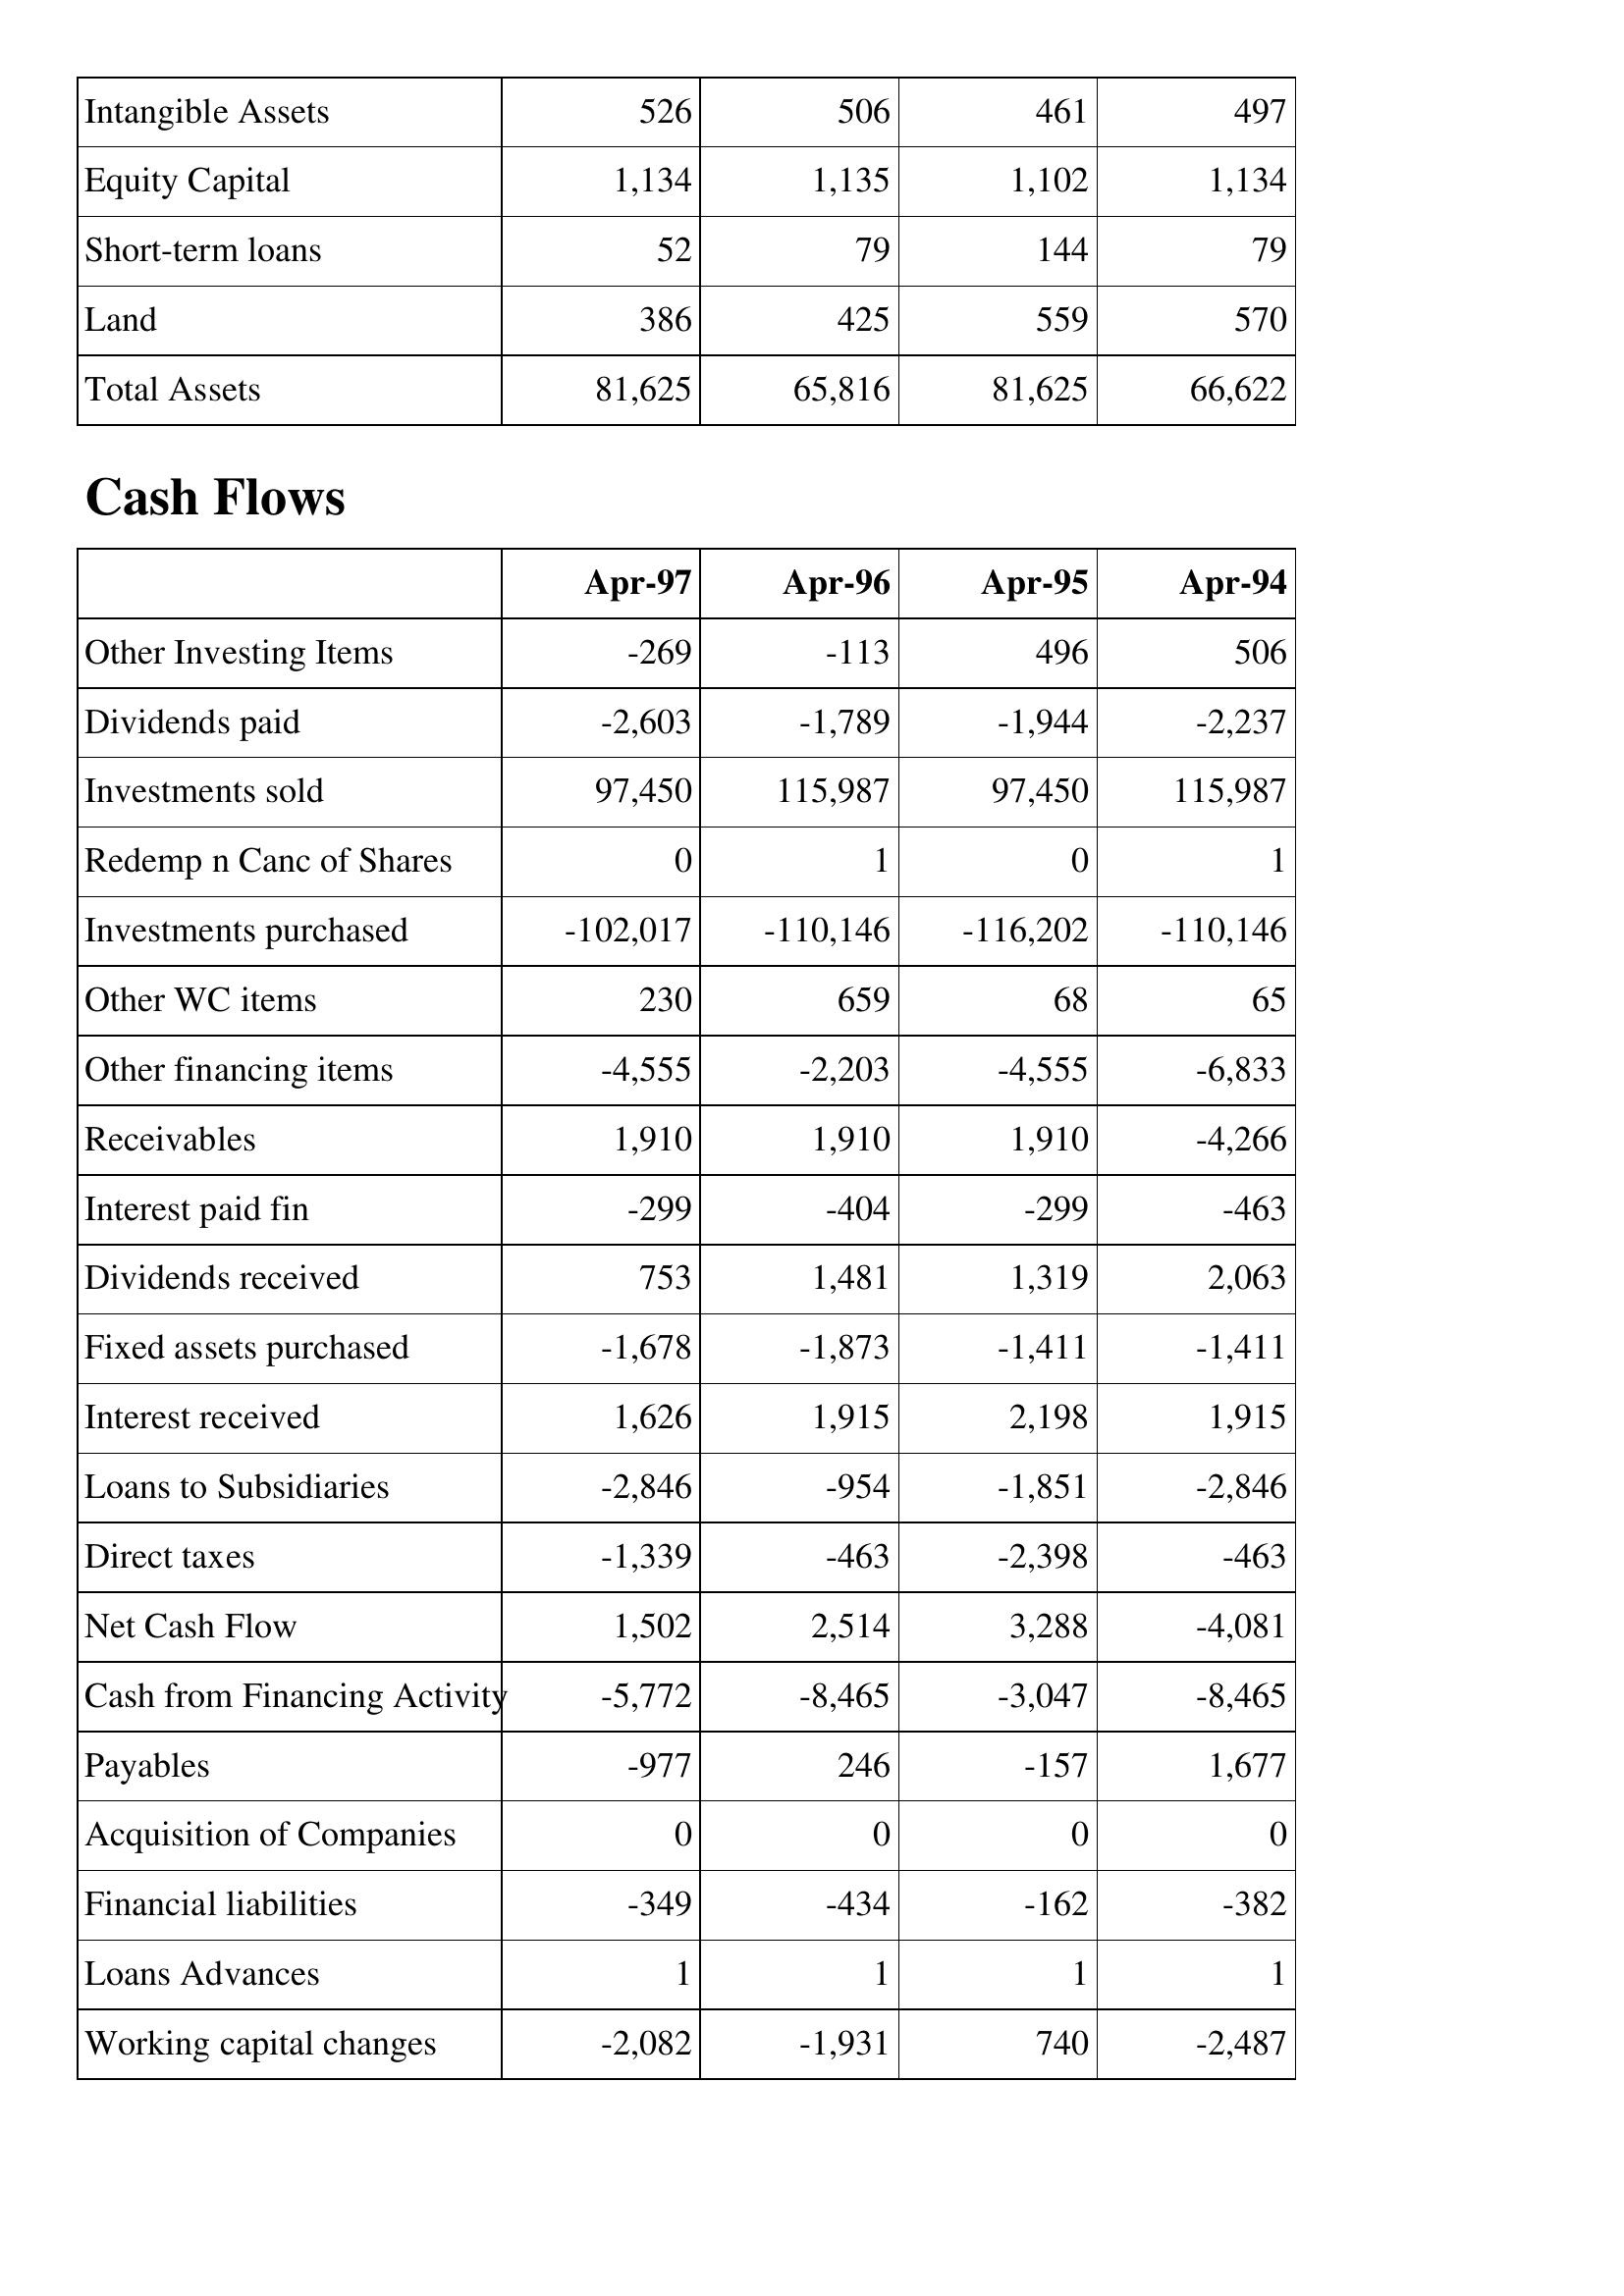
Apr-97: Balance Sheet: Intangible Assets: 526
Equity Capital: 1,134
Short-term loans: 52
Land: 386
Total Assets: 81,625
Cash Flows: Other Investing Items: -269
Dividends paid: -2,603
Investments sold: 97,450
Redemp n Canc of Shares: 0
Investments purchased: -102,017
Other WC items: 230
Other financing items: -4,555
Receivables: 1,910
Interest paid fin: -299
Dividends received: 753
Fixed assets purchased: -1,678
Interest received: 1,626
Loans to Subsidiaries: -2,846
Direct taxes: -1,339
Net Cash Flow: 1,502
Cash from Financing Activity: -5,772
Payables: -977
Acquisition of Companies: 0
Financial liabilities: -349
Loans Advances: 1
Working capital changes: -2,082
Apr-96: Balance Sheet: Intangible Assets: 506
Equity Capital: 1,135
Short-term loans: 79
Land: 425
Total Assets: 65,816
Cash Flows: Other Investing Items: -113
Dividends paid: -1,789
Investments sold: 115,987
Redemp n Canc of Shares: 1
Investments purchased: -110,146
Other WC items: 659
Other financing items: -2,203
Receivables: 1,910
Interest paid fin: -404
Dividends received: 1,481
Fixed assets purchased: -1,873
Interest received: 1,915
Loans to Subsidiaries: -954
Direct taxes: -463
Net Cash Flow: 2,514
Cash from Financing Activity: -8,465
Payables: 246
Acquisition of Companies: 0
Financial liabilities: -434
Loans Advances: 1
Working capital changes: -1,931
Apr-95: Balance Sheet: Intangible Assets: 461
Equity Capital: 1,102
Short-term loans: 144
Land: 559
Total Assets: 81,625
Cash Flows: Other Investing Items: 496
Dividends paid: -1,944
Investments sold: 97,450
Redemp n Canc of Shares: 0
Investments purchased: -116,202
Other WC items: 68
Other financing items: -4,555
Receivables: 1,910
Interest paid fin: -299
Dividends received: 1,319
Fixed assets purchased: -1,411
Interest received: 2,198
Loans to Subsidiaries: -1,851
Direct taxes: -2,398
Net Cash Flow: 3,288
Cash from Financing Activity: -3,047
Payables: -157
Acquisition of Companies: 0
Financial liabilities: -162
Loans Advances: 1
Working capital changes: 740
Apr-94: Balance Sheet: Intangible Assets: 497
Equity Capital: 1,134
Short-term loans: 79
Land: 570
Total Assets: 66,622
Cash Flows: Other Investing Items: 506
Dividends paid: -2,237
Investments sold: 115,987
Redemp n Canc of Shares: 1
Investments purchased: -110,146
Other WC items: 65
Other financing items: -6,833
Receivables: -4,266
Interest paid fin: -463
Dividends received: 2,063
Fixed assets purchased: -1,411
Interest received: 1,915
Loans to Subsidiaries: -2,846
Direct taxes: -463
Net Cash Flow: -4,081
Cash from Financing Activity: -8,465
Payables: 1,677
Acquisition of Companies: 0
Financial liabilities: -382
Loans Advances: 1
Working capital changes: -2,487